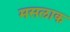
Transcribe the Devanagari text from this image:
मसलाक